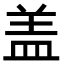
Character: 盖